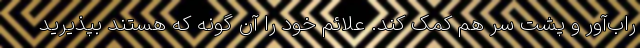
راب‌آور و پشت سر هم کمک کند. علائم خود را آن گونه که هستند بپذیرید